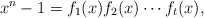
\begin{align*}x^n-1=f_1(x)f_2(x)\cdots f_t(x),\end{align*}